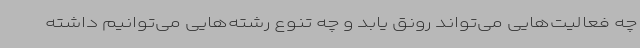
چه فعالیت‌هایی می‌تواند رونق یابد و چه تنوع رشته‌هایی می‌توانیم داشته